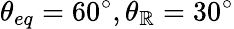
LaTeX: {\theta_{eq}}=60^{\circ},{\theta_{\mathbb{R}}}=30^{\circ}